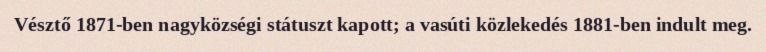
Vésztő 1871-ben nagyközségi státuszt kapott; a vasúti közlekedés 1881-ben indult meg.